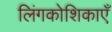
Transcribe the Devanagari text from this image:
लिंगकोशिकाएँ